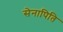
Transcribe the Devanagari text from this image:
सेनापिति